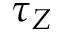
\tau _ { Z }